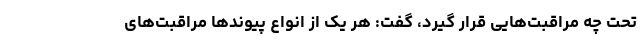
تحت چه مراقبت‌هایی قرار گیرد،‌ گفت: هر یک از انواع پیوندها مراقبت‌های